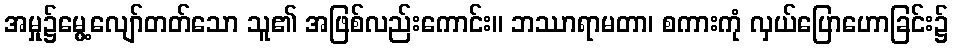
အမှု၌မွေ့လျော်တတ်သော သူ၏ အဖြစ်လည်းကောင်း။ ဘဿာရာမတာ၊ စကားကုံ လှယ်ပြောဟောခြင်း၌